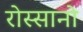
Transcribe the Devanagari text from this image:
रोस्सानो